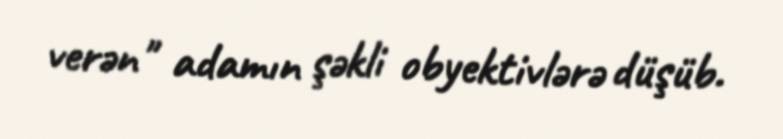
verən" adamın şəkli obyektivlərə düşüb.